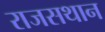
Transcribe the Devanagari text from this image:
राजसथान